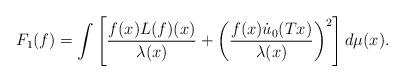
LaTeX: \begin{align*}F_1(f)=\int\left[\frac{f(x)L(f)(x)}{\lambda(x)}+\left(\frac{f(x)\dot u_0(Tx)}{\lambda(x)}\right)\sp2\right]d\mu(x).\end{align*}